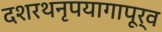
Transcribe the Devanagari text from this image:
दशरथनृपयागापूर्व